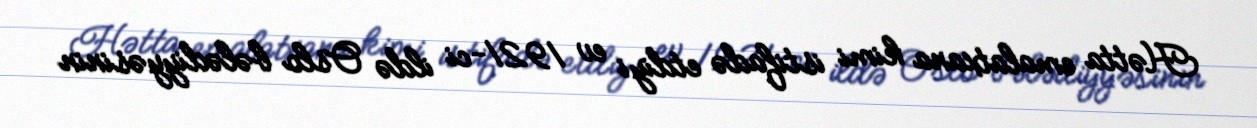
Hətta emalatxana kimi istifadə etdiyi ev 1921-ci ildə Oslo bələdiyyəsinin